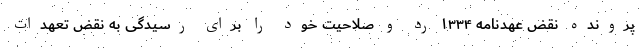
پرونده نقض عهدنامه ۱۳۳۴ رد و صلاحیت خود را برای رسیدگی به نقض تعهدات